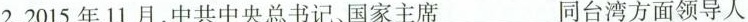
2.2015年11月，中共中央总书记，国家主席___同台湾方面领导人